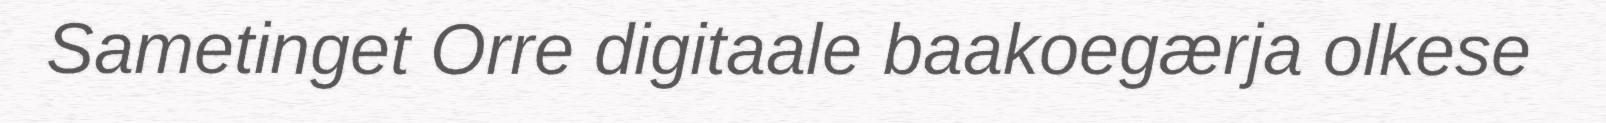
Sametinget Orre digitaale baakoegærja olkese